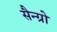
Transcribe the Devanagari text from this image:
सैन्ग्रो